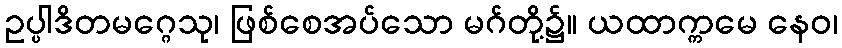
ဥပ္ပါဒိတမဂ္ဂေသု၊ ဖြစ်စေအပ်သော မဂ်တို့၌။ ယထာက္ကမေ နေဝ၊